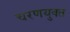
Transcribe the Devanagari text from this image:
चरणयुक्त